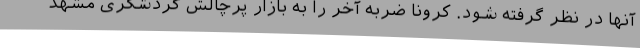
آنها در نظر گرفته شود. کرونا ضربه آخر را به بازار پرچالش گردشگری مشهد